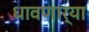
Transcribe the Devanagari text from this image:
धावणार्या